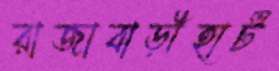
রাজাবাড়ীহাট